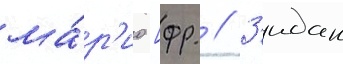
ма́р'ио [фр. // З'идан